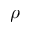
\rho